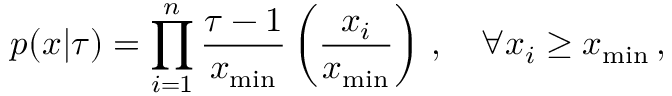
p ( x | \tau ) = \prod _ { i = 1 } ^ { n } \frac { \tau - 1 } { x _ { \mathrm { m i n } } } \left( \frac { x _ { i } } { x _ { \mathrm { m i n } } } \right) \, , \quad \forall x _ { i } \ge x _ { \mathrm { m i n } } \, ,